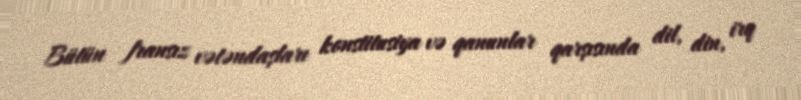
Bütün fransız vətəndaşları konstitusiya və qanunlar qarşısında dil, din, irq